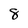
Character: 8